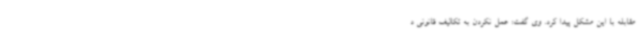
مقابله با این مشکل پیدا کرد. وی گفت: عمل نکردن به تکالیف قانونی د